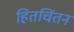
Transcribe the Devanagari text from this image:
हितचिंतन